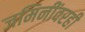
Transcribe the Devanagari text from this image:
जमिनींवरही